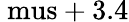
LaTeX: \mathrm{\ mus}+3.4